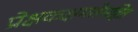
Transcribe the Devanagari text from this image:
प्रेक्षकक्षमतेसहित